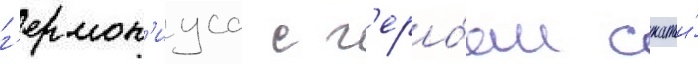
г'ермон'иуса с г'еро́ем статьи́